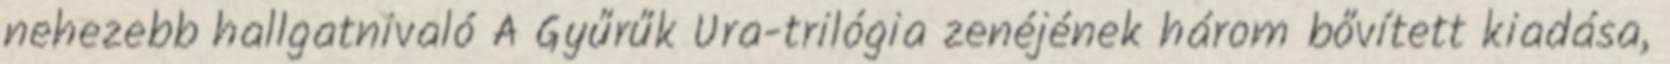
nehezebb hallgatnivaló A Gyűrűk Ura-trilógia zenéjének három bővített kiadása,